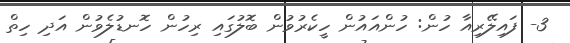
3- ފައިލޭރިއާ ހުން: ހުންއައުން ހީކެރުވުން ބޮލުގައި ރިހުން ހޮނޑުލެވުން އަދި ހިތް